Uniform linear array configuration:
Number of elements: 8
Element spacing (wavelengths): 0.25
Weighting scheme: hann
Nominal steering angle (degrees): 60
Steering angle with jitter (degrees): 58.757
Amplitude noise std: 0.05
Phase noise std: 0.05

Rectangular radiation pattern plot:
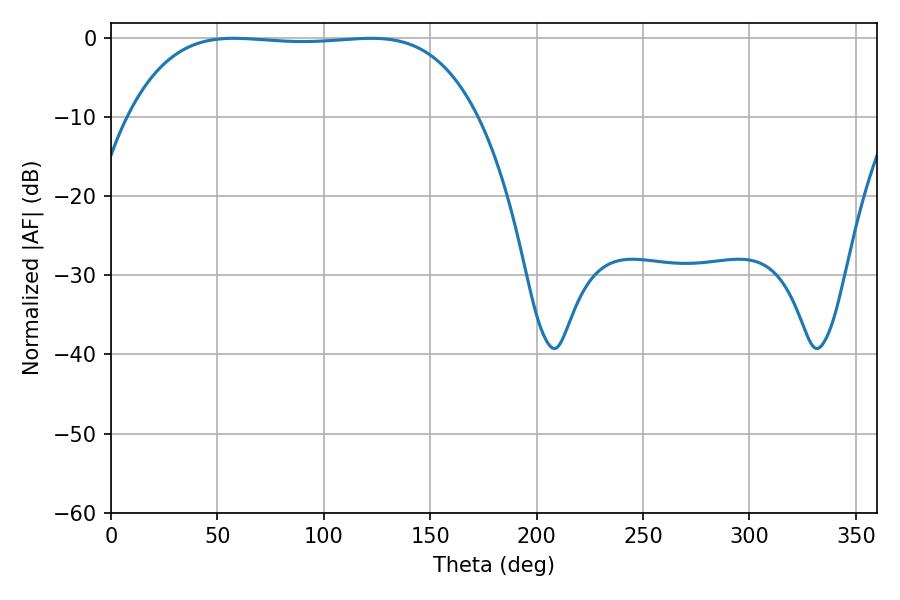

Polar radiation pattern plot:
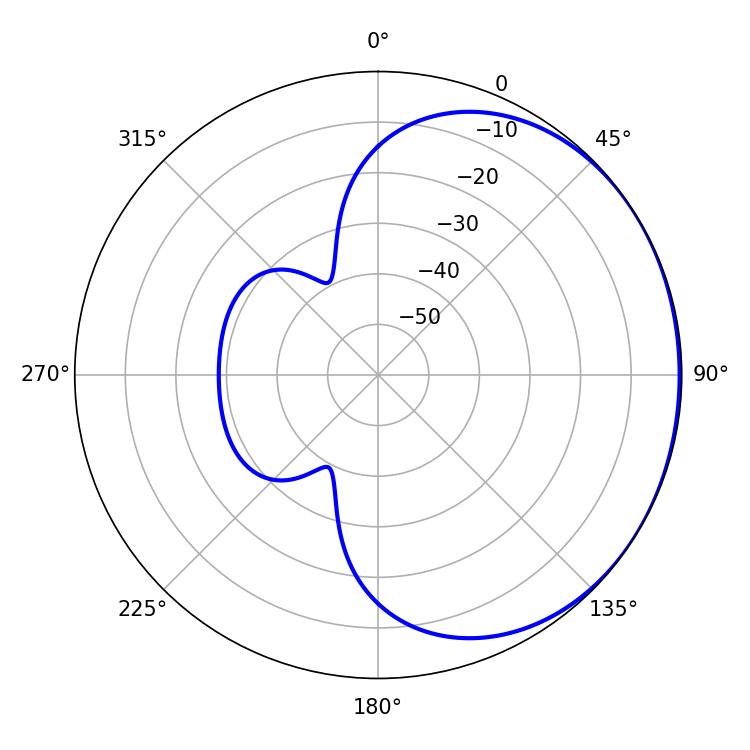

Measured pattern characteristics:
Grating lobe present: FALSE
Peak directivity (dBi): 0.7042
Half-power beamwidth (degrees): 128.16
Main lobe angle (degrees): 57.78